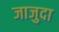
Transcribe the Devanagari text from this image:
जाजुदा